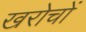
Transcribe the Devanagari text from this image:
खरोचों